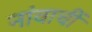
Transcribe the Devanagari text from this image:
नांवाचीं